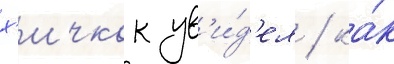
х'ичкок ув'и́д'ел / ка́к